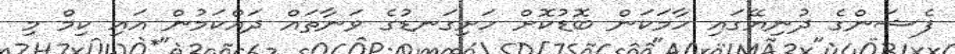
ފެޝަންގެ ދުނިޔޭގައި ހާމަކަން ބޮޑުކޮށް ހަށިގަނޑުގެ ވަނާތައް ދައްކަމުން އައި ކިމް މި